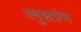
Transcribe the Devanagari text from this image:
लुसांग